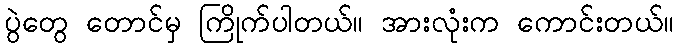
ပွဲတွေ တောင်မှ ကြိုက်ပါတယ်။ အားလုံးက ကောင်းတယ်။